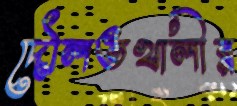
দৌলতখালীর